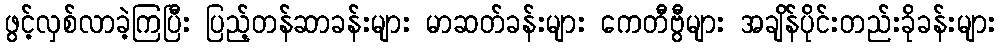
ဖွင့်လှစ်လာခဲ့ကြပြီး ပြည့်တန်ဆာခန်းများ မာဆတ်ခန်းများ ကေတီဗွီများ အချိန်ပိုင်းတည်းခိုခန်းများ